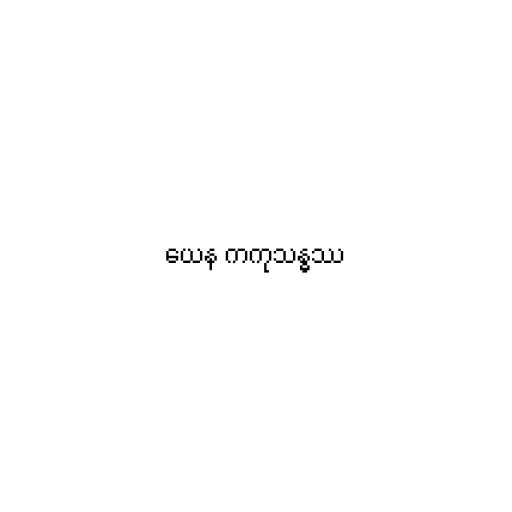
ယေန ကကုသန္ဓဿ